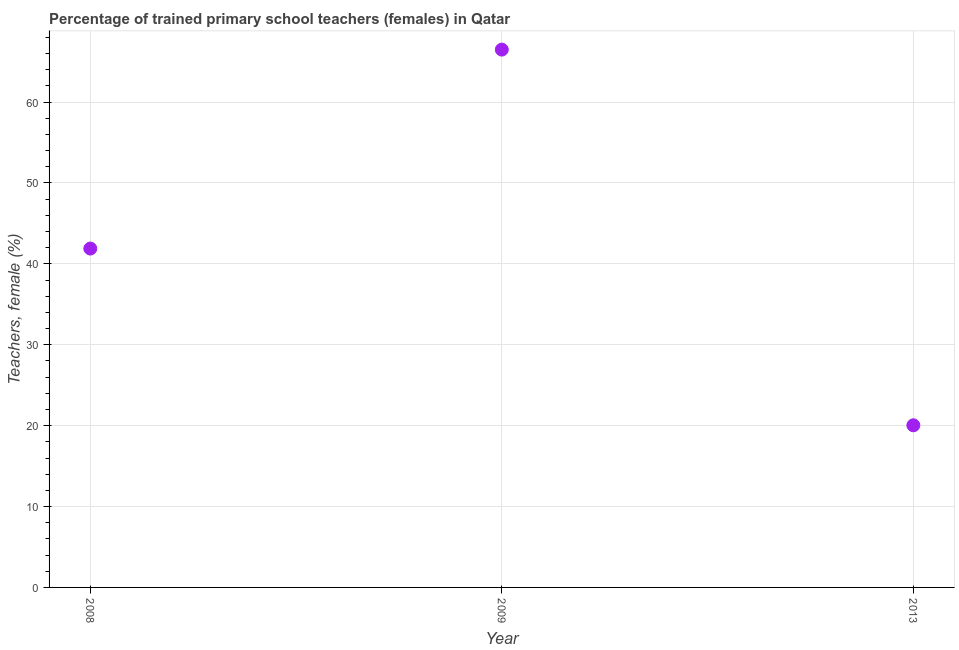
| Year | Trained teachers female |
 | --- | --- |
 | 2008 | 41.9 |
 | 2009 | 66.5 |
 | 2013 | 20 |